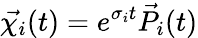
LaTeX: \vec{\chi_{i}}(t)=e^{\sigma_{i}t}\vec{P_{i}}(t)